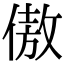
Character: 傲